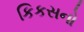
કિકસનો